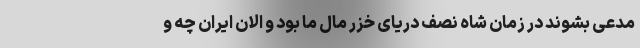
مدعی بشوند در زمان شاه نصف دریای خزر مال ما بود و الان ایران چه و